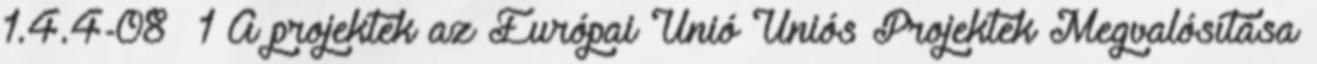
1.4.4-08 1 A projektek az Európai Unió Uniós Projektek Megvalósítása